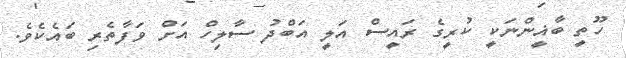
ހޫތީ ބާޣީންނަކީ ކުރީގެ ރައީސް އަލީ އަބްދު ސާލިހް އަށް ވަފާތެރި ބައެކެވެ.